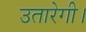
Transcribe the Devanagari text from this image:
उतारेगी।